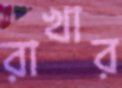
রাখার